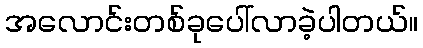
အလောင်းတစ်ခုပေါ်လာခဲ့ပါတယ်။